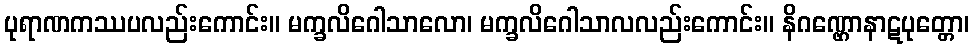
ပုရာဏကဿပလည်းကောင်း။ မက္ခလိဂေါသာလော၊ မက္ခလိဂေါသာလလည်းကောင်း။ နိဂဏ္ဌောနာဋပုတ္တော၊